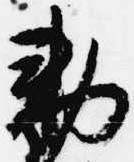
勅